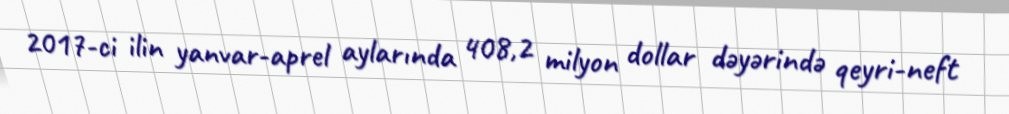
2017-ci ilin yanvar-aprel aylarında 408,2 milyon dollar dəyərində qeyri-neft